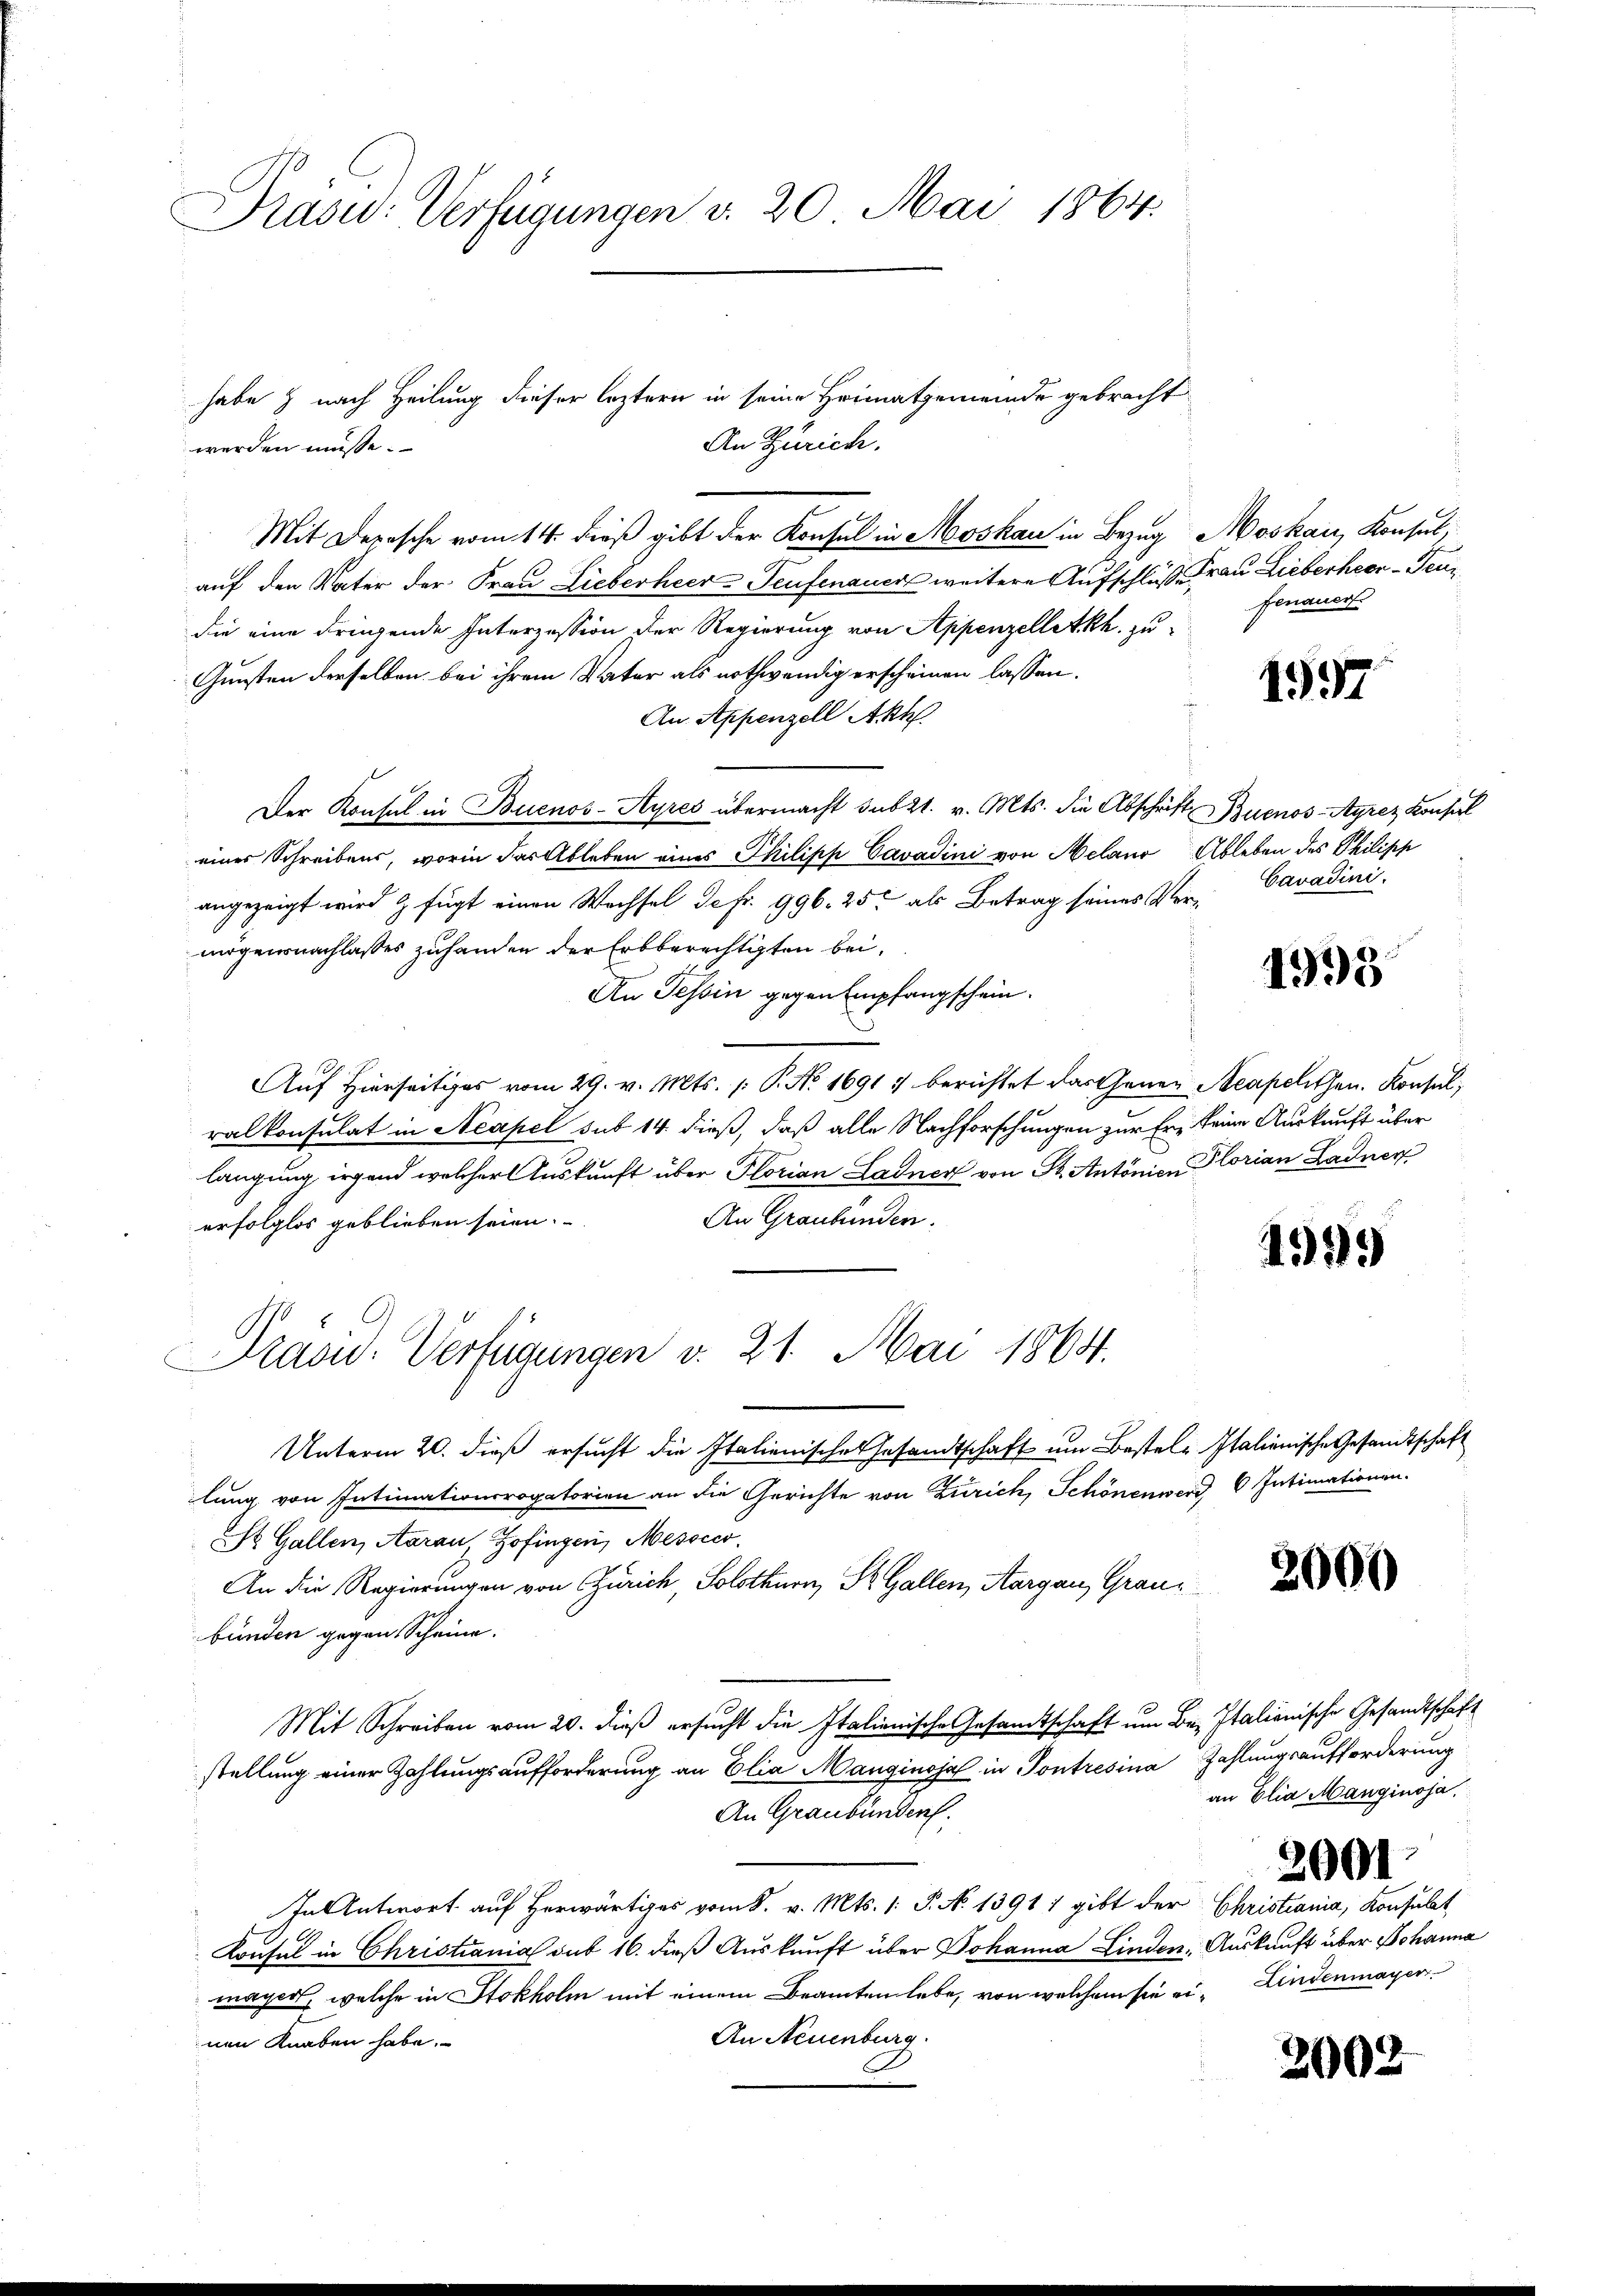
Prasid: Verfügungen v. 20. Mai 1864.

werden müsse.

habe & nach Heilung dieser leztern in seine Heimatgemeinde gebracht
An Zürich.
Mit Derasche vom 14. dieß gibt der Konsul in Moskau in Bezug Moskau, Konsul,
auf den Vater der Frau Lieberheer-Teufenauer weitere Aufschluß Frau Lieberheer-Feuzdie eine dringende Interzession der Regierung von Appenzelletkh. zu
Gunsten derselben bei ihrem Vater als nothwendig erscheinen lassen.
An Appenzell Akh.
Der Konsul in Buenos-Ayres übermacht sub 21. v. Mts. die Abschrift Buenos-Ayrez Konsul
eines Schreibens, worin das Ableben eines Philipp Cavadini von Melano Ableben des Philisch
angezeigt wird & fügt einen Wachsel de fr. 996. 25. als Betrag seines Vermögensnachlasses zuhanden der Erbberechtigten bei,
An Tessin gegen Empfangschein.
Auf Hierseitiges vom 29. v. Mts. 1. P. No. 16917 berichtet das Gener Acapellen. Konsul,
ralkonsulat in Neapel sub 14. dieß, daß alle Nachforschungen zur Er keine Auskunft über
langung irgend welcher Auskunft über Plorian Ladner von St. Antonien Florian Ladner
An Graubünden.
erfolglos geblieben seien.
Präsid. Verfügungen v. 21. Mai 1864.
Unterm 20. dieß ersucht die Italienisches Gesandtschaft um Bestel- Italienische Gesandtschaft
lung von Intimationsrogatorien an die Gerichte von Zürich, Schönenwerd 6 Intimationen-
St. Gallen, Aarau, Zofingen, Mesocco
An die Regierungen von Zürich, Solothurn, St. Gallen, Aargau, Grau
bünden gegen Scheine.
Mit Schreiben vom 20. dieß ersucht die Italienische Gesandtschaft um Be- Italionische Gesandtschaft
stellung einer Zahlungsaufforderung an Elia Manginoja in Pontresina Zahlungsaufforderung
an Elia Manginoja,
An Graubünden.
In Antwort auf herwärtiges vom 8. v. Mts. 1. P. N. 1391 1 gibt der Christiania, Konsulat
Konsul in Christiania sub 16. dieß Auskunft über Johanna Linden, Auskunft über Johanna
mayer, welche in Stokholm mit einem Beamten lebe, von welchem sie ein Lindenmayer
An Neuenburg.
nen Knaben habe.

Fenauer

1997

Cavadini.

1319)

1993

2001

2002